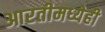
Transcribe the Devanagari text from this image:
आरतीमध्येही